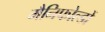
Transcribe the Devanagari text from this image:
मैनिफोल्डों